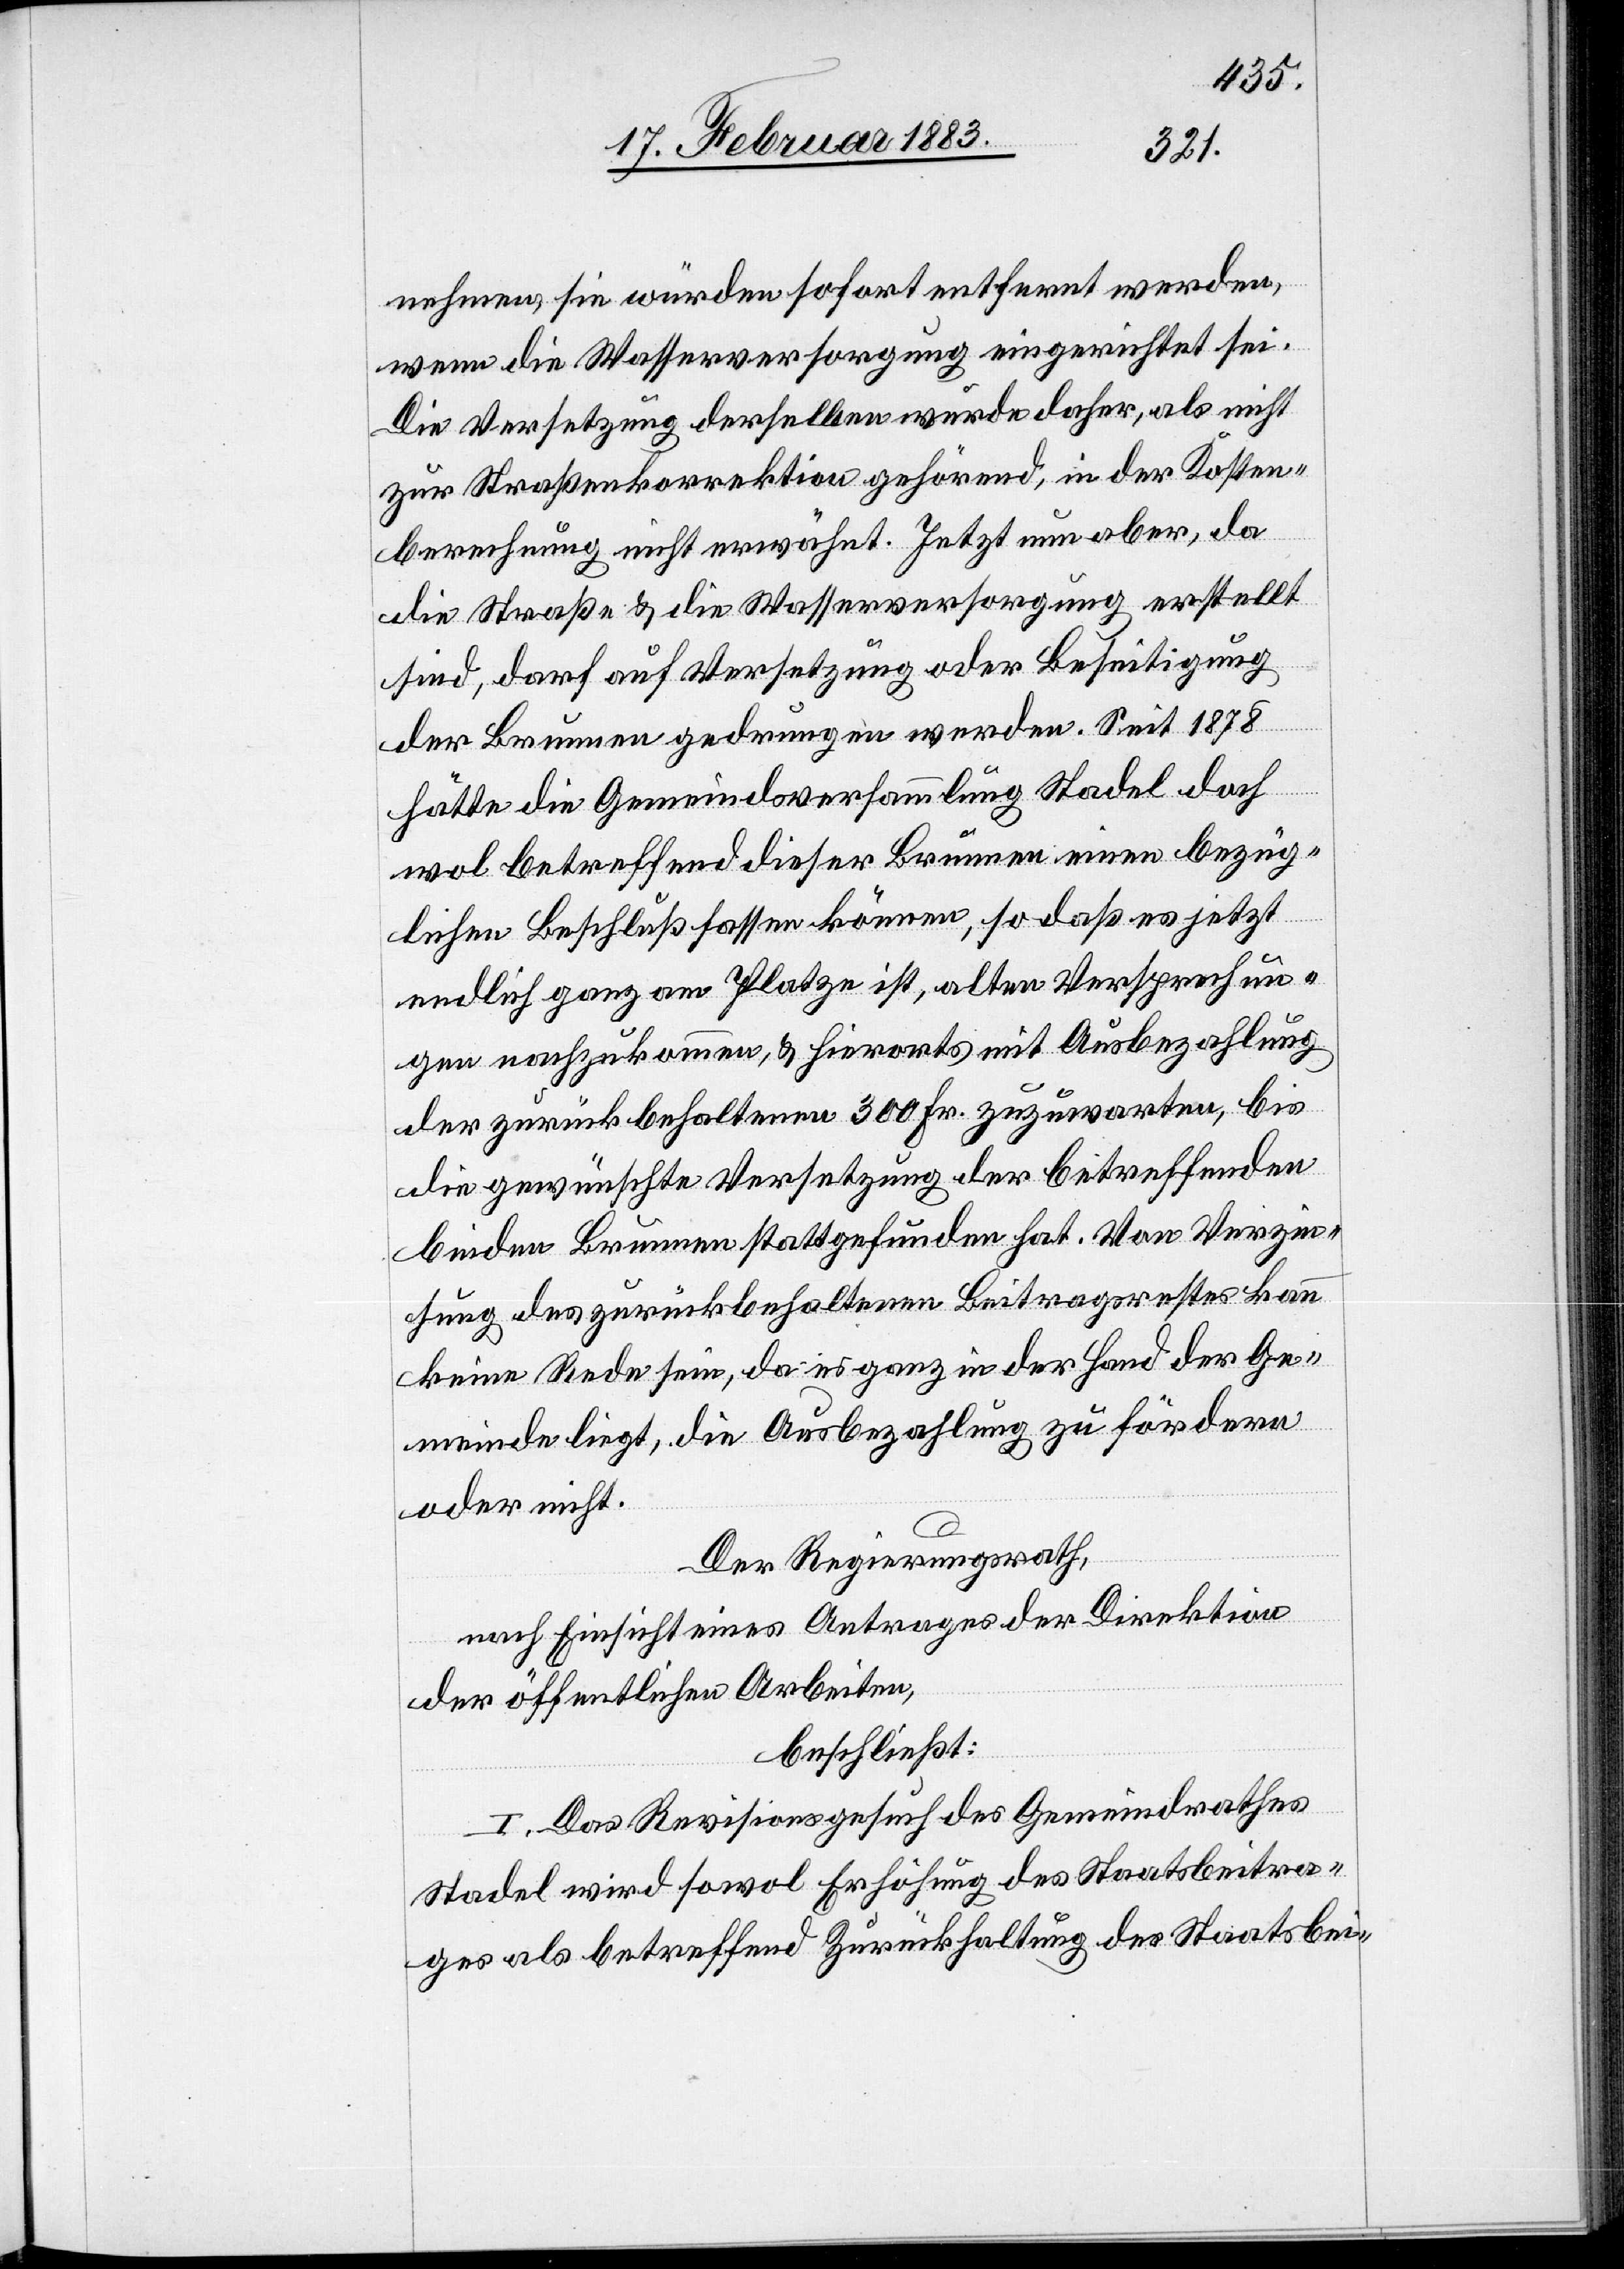
beitr¬
nehmen, sie würden sofort entfernt werden,
wenn die Wasserversorgung eingerichtet sei.
Die Versetzung derselben wurde daher, als nicht
zur Straßenkorrektion gehörend, in der Kosten¬
berechnung nicht erwähnt. Jetzt nun aber, da
die Straße & die Wasserversorgung erstellt
sind, darf auf Versetzung oder Beseitigung
der Brunnen gedrungen werden. Seit 1878
hätte die Gemeindsversammlung Stadel doch
wol betreffend dieser Brunnen einen bezüg¬
lichen Beschluß fassen können, so daß es jetzt
endlich ganz am Platze ist, alten Versprechun¬
gen nachzukommen, & hierorts mit Ausbezahlung
der zurückbehaltenen 300 Fr. zuzuwarten, bis
die gewünschte Versetzung der betreffenden
beiden Brunnen stattgefunden hat. Von Verzin¬
sung des zurückbehaltenen Beitragsrestes kann
keine Rede sein, da es ganz in der Hand der Ge¬
meinde liegt, die Ausbezahlung zu fördern
oder nicht.
Der Regierungsrath,
nach Einsicht eines Antrages der Direktion
der öffentlichen Arbeiten,
beschließt:
I. Das Revisionsgesuch des Gemeindrathes
ages als betreffend Zurückhaltung des Staatsbei-